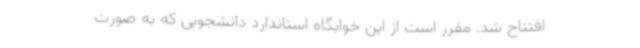
افتتاح شد. مقرر است از این خوابگاه استاندارد دانشجویی که به صورت